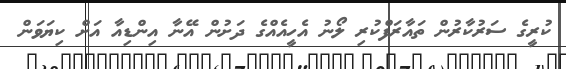
ކުރީގެ ސަރުކާރުން ތައާރަފްކުރި ލޯނު އެހީއެއްގެ ދަށުން އޭނާ އިންޑިއާ އަށް ކިޔަވަން